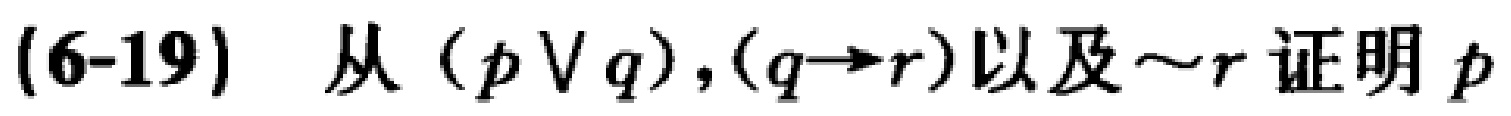
(6-19) 从 $(p\vee q),(q\rightarrow r)$ 以及 $\sim r$ 证明 $p$